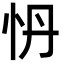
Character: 𭜗